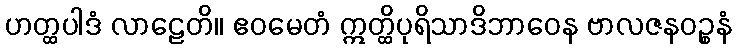
ဟတ္ထပါဒံ လာဠေတိ။ ဧဝမေတံ ဣတ္ထိပုရိသာဒိဘာဝေန ဗာလဇနဝဉ္စနံ